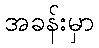
အခန်းမှာ